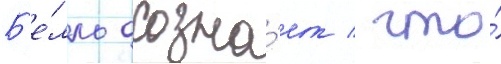
Б'е́лль осозна́ет / что́